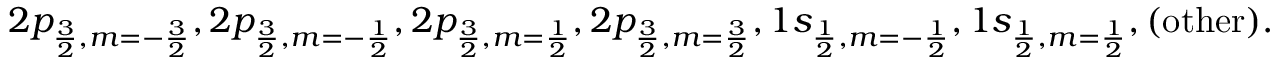
2 p _ { \frac { 3 } { 2 } , m = - \frac { 3 } { 2 } } , 2 p _ { \frac { 3 } { 2 } , m = - \frac { 1 } { 2 } } , 2 p _ { \frac { 3 } { 2 } , m = \frac { 1 } { 2 } } , 2 p _ { \frac { 3 } { 2 } , m = \frac { 3 } { 2 } } , 1 s _ { \frac { 1 } { 2 } , m = - \frac { 1 } { 2 } } , 1 s _ { \frac { 1 } { 2 } , m = \frac { 1 } { 2 } } , ( \mathrm { o t h e r } ) .